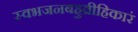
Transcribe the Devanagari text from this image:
स्वभजनबहुव्रीहिकारं